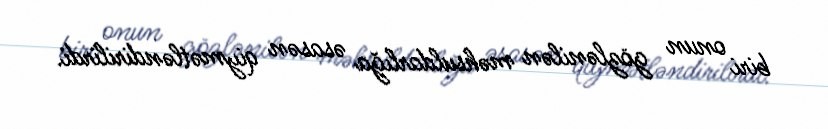
biri onun gözlənilən məhsuldarlığa əsasən qiymətləndirilirdi.